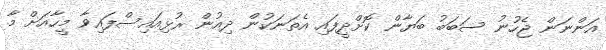
އަންނަން ޖެހުނު ސަބަބު ބަޔާން ކޮށްދީފައި އެތަނަކުން ދިއުން ރުޅިއައިސްފައިވާ މީހާއަށް މާ